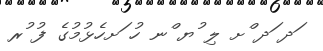
ަދ ަދ ްށ ލި ުޔ ްނ ހު ަށހެޅުމުގެ ފު ުރ